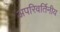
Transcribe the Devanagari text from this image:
अपरिवर्तिनीय